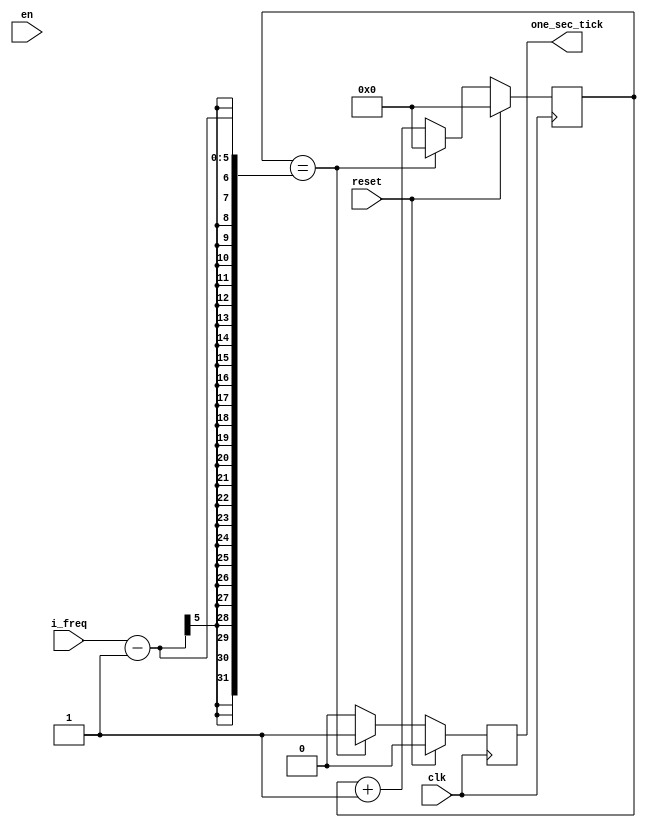
`timescale 1ns / 1ps
//////////////////////////////////////////////////////////////////////////////////
// Company: 
// Engineer: 
// 
// Design Name: 
// Module Name: one_sec_generator
// Project Name: 
// Target Devices: 
// Tool Versions: 
// Description: 
// 
// Dependencies: 
// 
// Revision:
// Revision 0.01 - File Created
// Additional Comments:
// 
//////////////////////////////////////////////////////////////////////////////////


module one_sec_generator(
    clk,
    reset,
	en,
	i_freq,
	one_sec_tick,
    );
parameter P_COUNT_BIT = 5; // (default) 30b 

input 						clk;
input 						reset;
input 						en;
input [P_COUNT_BIT-1:0]		i_freq;


output reg	one_sec_tick;

//output [P_SEC_BIT-1:0] sec;
//output [P_MIN_BIT-1:0] minute;
//output [P_HOUR_BIT-1:0] hour;

reg 	[P_COUNT_BIT-1:0] 	r_counter; 

always @(posedge clk) begin
    if(reset) begin
        r_counter <= {P_COUNT_BIT{1'b0}};
        one_sec_tick <= 1'b0;
    end else begin
//        if(en) begin
            if(r_counter == i_freq -1) begin
                r_counter <= 0;
                one_sec_tick<= 1'b1;
            end else begin
                r_counter <= r_counter + 1'b1;
                one_sec_tick <= 1'b0;
            end
        end
//    end 
end


endmodule